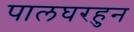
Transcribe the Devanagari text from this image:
पालघरहुन